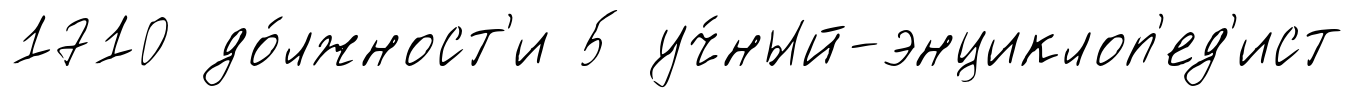
1710 до́лжност'и 5 уч́ный-энциклоп'ед'ист